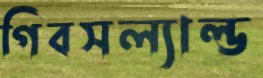
গিবসল্যাল্ড